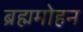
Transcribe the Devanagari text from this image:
ब्रह्ममोहन